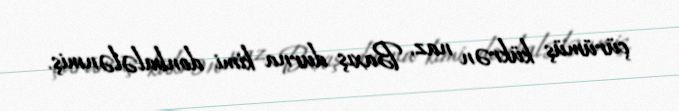
çürümüş kükrən naz, Baxış durna kimi donbalələnmiş.